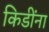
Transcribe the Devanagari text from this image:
किडींना